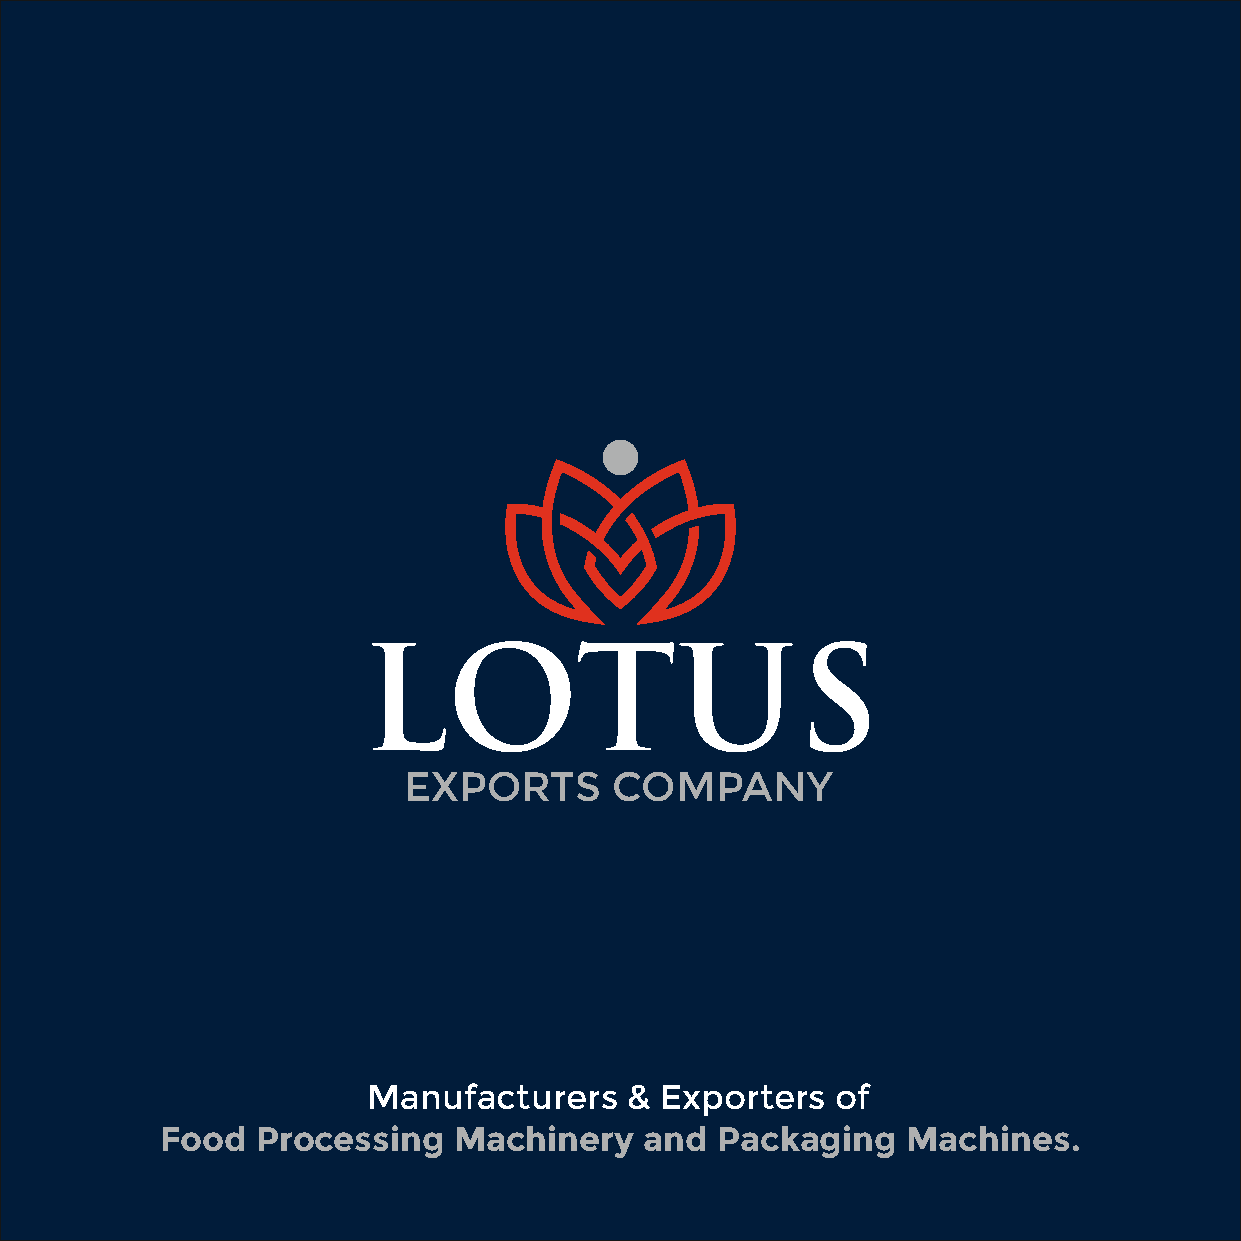
LOTUS
 EXPORTS      COMPANY
 Manufacturers    &  Exporters  of
 Food  Processing   Machinery    and Packaging    Machines.